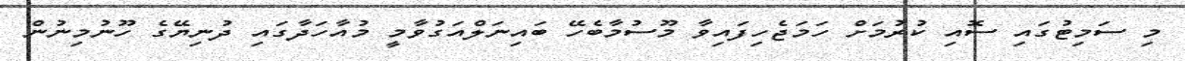
މި ސަމިޓުގައި ސޮއި ކުރުމަށް ހަމަޖެހިފައިވާ މޫސުމާބެހޭ ބައިނަލްއަގުވާމީ މުއާހަދާގައި ދުނިޔޭގެ ހޫނުމިނުން